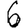
Digit: 6